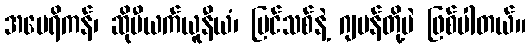
အမေရိကန်၊ ဆိုဗီယက်ယူနီယံ၊ ပြင်သစ်နဲ့ ဂျပန်တို့ပဲ ဖြစ်ပါတယ်။